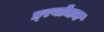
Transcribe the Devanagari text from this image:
प्र्रयोजन